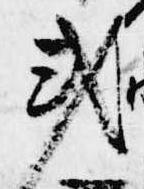
或